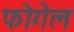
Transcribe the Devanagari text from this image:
फोगेल